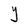
Character: Y